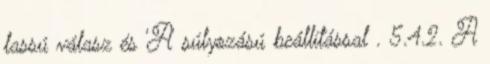
lassú válasz és 'A' súlyozású beállítással . 5.4.2. A